Civil Veterinary Department. United Provinces 1932-42 - 1932-1942
Year: 1932
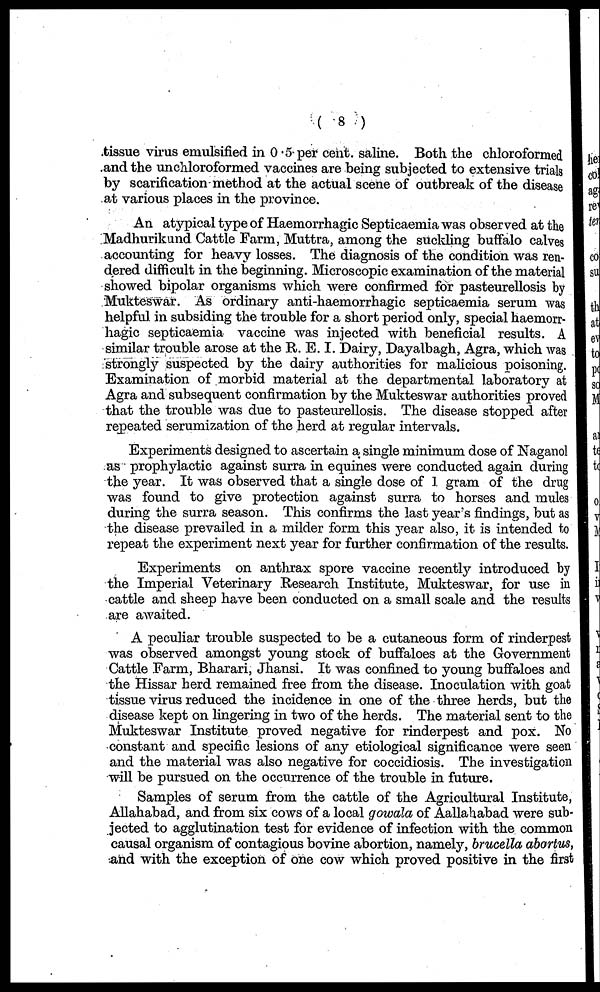
(8)
tissue virus emulsified in 0.5 per cent. saline. Both the chloroformed
and the unchloroformed vaccines are being subjected to extensive trials
by scarification method at the actual scene of outbreak of the disease
at various places in the province.
An atypical type of Haemorrhagic Septicaemia was observed at the
Madhurikund Cattle Farm, Muttra, among the suckling buffalo calves
accounting for heavy losses. The diagnosis of the condition was ren-
dered difficult in the beginning. Microscopic examination of the material
showed bipolar organisms which were confirmed for pasteurellosis by
Mukteswar. As ordinary anti-haemorrhagic septicaemia serum was
helpful in subsiding the trouble for a short period only, special haemorr-
hagic septicaemia vaccine was injected with beneficial results. A
similar trouble arose at the R. E. I. Dairy, Dayalbagh, Agra, which was
strongly suspected by the dairy authorities for malicious poisoning.
Examination of morbid material at the departmental laboratory at
Agra and subsequent confirmation by the Mukteswar authorities proved
that the trouble was due to pasteurellosis. The disease stopped after
repeated serumization of the herd at regular intervals.
Experiments designed to ascertain a single minimum dose of Naganol
as prophylactic against surra in equines were conducted again during
the year. It was observed that a single dose of I gram of the drug
was found to give protection against surra to horses and mules
during the surra season. This confirms the last year's findings, but as
the disease prevailed in a milder form this year also, it is intended to
repeat the experiment next year for further confirmation of the results.
Experiments on anthrax spore vaccine recently introduced by
the Imperial Veterinary Research Institute, Mukteswar, for use in
cattle and sheep have been conducted on a small scale and the results
are awaited.
A peculiar trouble suspected to be a cutaneous form of rinderpest
was observed amongst young stock of buffaloes at the Government
Cattle Farm, Bharari, Jhansi. It was confined to young buffaloes and
the Hissar herd remained free from the disease. Inoculation with goat
tissue virus reduced the incidence in one of the three herds, but the
disease kept on lingering in two of the herds. The material sent to the
Mukteswar Institute proved negative for rinderpest and pox. No
constant and specific lesions of any etiological significance were seen
and the material was also negative for coccidiosis. The investigation
will be pursued on the occurrence of the trouble in future.
Samples of serum from the cattle of the Agricultural Institute,
Allahabad, and from six cows of a local gowala of Aallahabad were sub-
jected to agglutination test for evidence of infection with the common
causal organism of contagious bovine abortion, namely, brucella abortus,
and with the exception of one cow which proved positive in the first